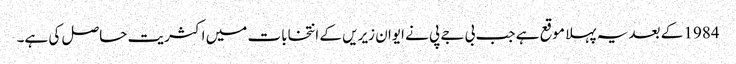
1984 کے بعد یہ پہلا موقع ہے جب بی جے پی نے ایوان زیریں کے انتخابات میں اکثریت حاصل کی ہے۔